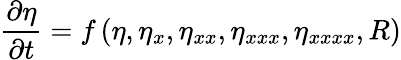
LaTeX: \frac{\partial{\eta}}{\partial t}=f\left(\eta,\eta_{x},\eta_{xx},\eta_{xxx},\eta_{xxxx},R\right)